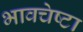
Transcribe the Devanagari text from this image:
भावचेष्टा